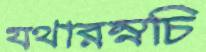
যথারম্নচি